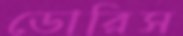
ডোরিস